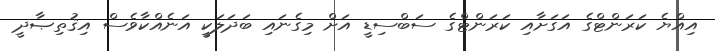
އިއްޔެ ކަރަންޓްގެ އަގަށާއި ކަރަންޓްގެ ސަބްސިޑީ އަށް މިގެނައި ބަދަލަކީ އަނެއްކާވެސް އިޤުތިޞާދީ